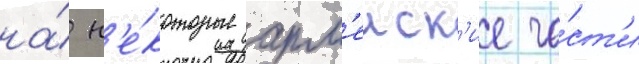
на́ н'е́которые арм'еиск'ие ча́ст'и